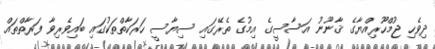
ދިވެހި ޖުމްހޫރިއްޔާގެ ޤާނޫނު އަސާސީގެ އިމުގެ ތެރޭގައި ސިޔާސީ ހަރަކާތްތަކުގައި ބައިވެރިވާ ފަރާތްތައް